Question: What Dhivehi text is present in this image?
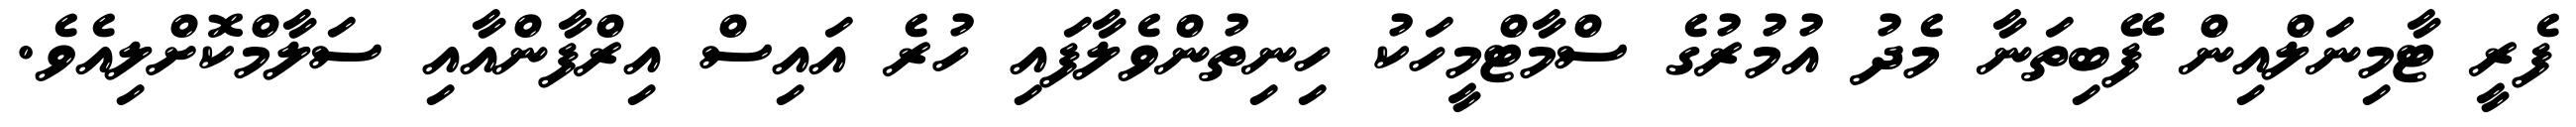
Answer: ފެރީ ޓާމިނަލްއިން ފޭބިތަނާ މެދު އުމުރުގެ ސްމާޓްމީހަކު ހިނިތުންވެލާފައި ހުރެ އައިސް އިރްފާންއާއި ސަލާމްކޮށްލިއެވެ.